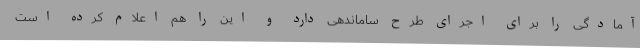
آمادگی را برای اجرای طرح ساماندهی دارد و این را هم اعلام کرده است